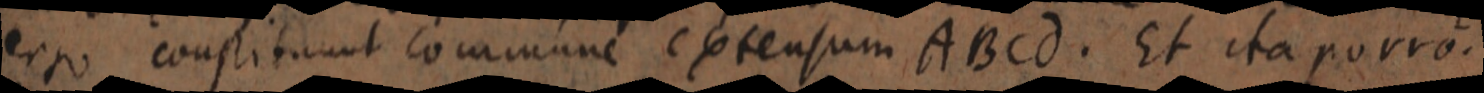
ergo constituunt commune extensum ABCd. Et ita porro.